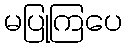
မပြုကြပေ